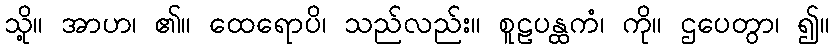
သို့။ အာဟ၊ ၏။ ထေရောပိ၊ သည်လည်း။ စူဠပန္ထကံ၊ ကို။ ဌပေတွာ၊ ၍။